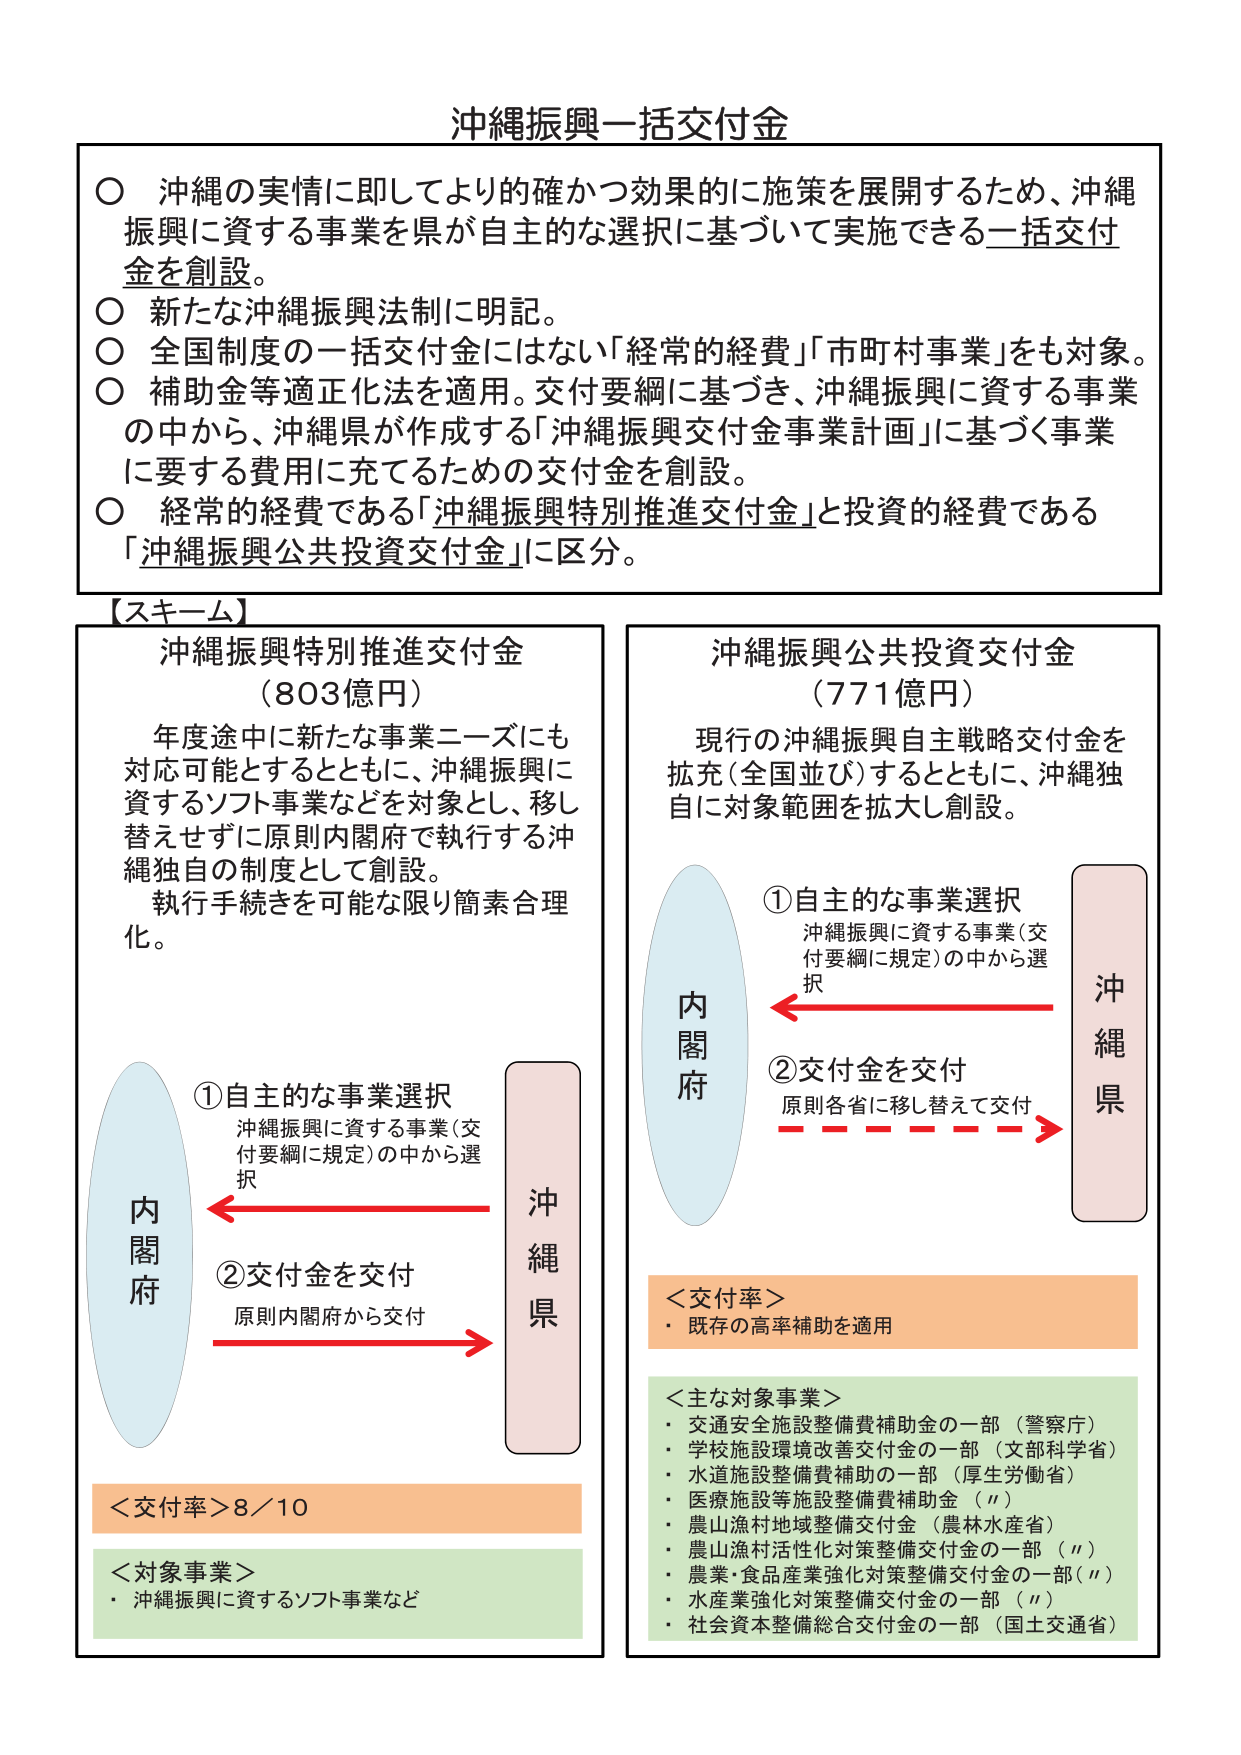
沖縄振興一括交付金

○ 沖縄の実情に即してより的確かつ効果的に施策を展開するため、沖縄振興に資する事業を県が自主的な選択に基づいて実施できる一括交付金を創設。
○ 新たな沖縄振興法制に明記。
○ 全国制度の一括交付金にはない「経常的経費」「市町村事業」をも対象。
○ 補助金等適正化法を適用。交付要綱に基づき、沖縄振興に資する事業の中から、沖縄県が作成する「沖縄振興交付金事業計画」に基づく事業に要する費用に充てるための交付金を創設。
○ 経常的経費である「沖縄振興特別推進交付金」と投資的経費である「沖縄振興公共投資交付金」に区分。

【スキーム】

沖縄振興特別推進交付金
（803億円）
年度途中に新たな事業ニーズにも対応可能とするとともに、沖縄振興に資するソフト事業などを対象とし、移し替えせずに原則内閣府で執行する沖縄独自の制度として創設。
執行手続きを可能な限り簡素合理化。

①自主的な事業選択
沖縄振興に資する事業（交付要綱に規定）の中から選択
②交付金を交付
原則内閣府から交付

＜交付率＞8／10
＜対象事業＞
・沖縄振興に資するソフト事業など

沖縄振興公共投資交付金
（771億円）
現行の沖縄振興自主戦略交付金を拡充（全国並び）するとともに、沖縄独自に対象範囲を拡大し創設。

①自主的な事業選択
沖縄振興に資する事業（交付要綱に規定）の中から選択
②交付金を交付
原則各省に移し替えて交付

＜交付率＞
・既存の高率補助を適用

＜主な対象事業＞
・交通安全施設整備費補助金の一部（警察庁）
・学校施設環境改善交付金の一部（文部科学省）
・水道施設整備費補助の一部（厚生労働省）
・医療施設等施設整備費補助金（〃）
・農山漁村地域整備交付金（農林水産省）
・農山漁村活性化対策整備交付金の一部（〃）
・農業・食品産業強化対策整備交付金の一部（〃）
・水産業強化対策整備交付金の一部（〃）
・社会資本整備総合交付金の一部（国土交通省）

内閣府
沖縄県
内閣府
沖縄県